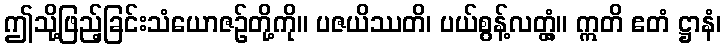
ဤသို့ဖြည့်ခြင်းသံယောဇဉ်တို့ကို။ ပဇယိဿတိ၊ ပယ်စွန့်လတ္တံ့။ ဣတိ ဧတံ ဋ္ဌာနံ၊